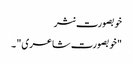
خوبصورت نثر
"خوبصورت شاعری" ۔